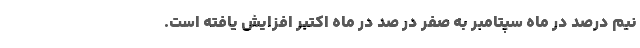
نیم درصد در ماه سپتامبر به صفر در صد در ماه اکتبر افزایش یافته است.